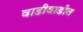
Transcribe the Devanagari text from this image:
वाडीवाडीत